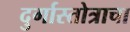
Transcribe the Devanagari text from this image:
दुर्गास्तोत्राचा